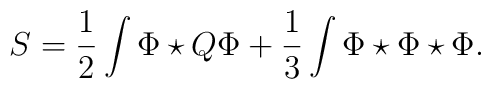
S=\frac12 \int \Phi \star Q\Phi+\frac13 \int \Phi \star \Phi \star\Phi .